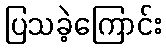
ပြသခဲ့ကြောင်း